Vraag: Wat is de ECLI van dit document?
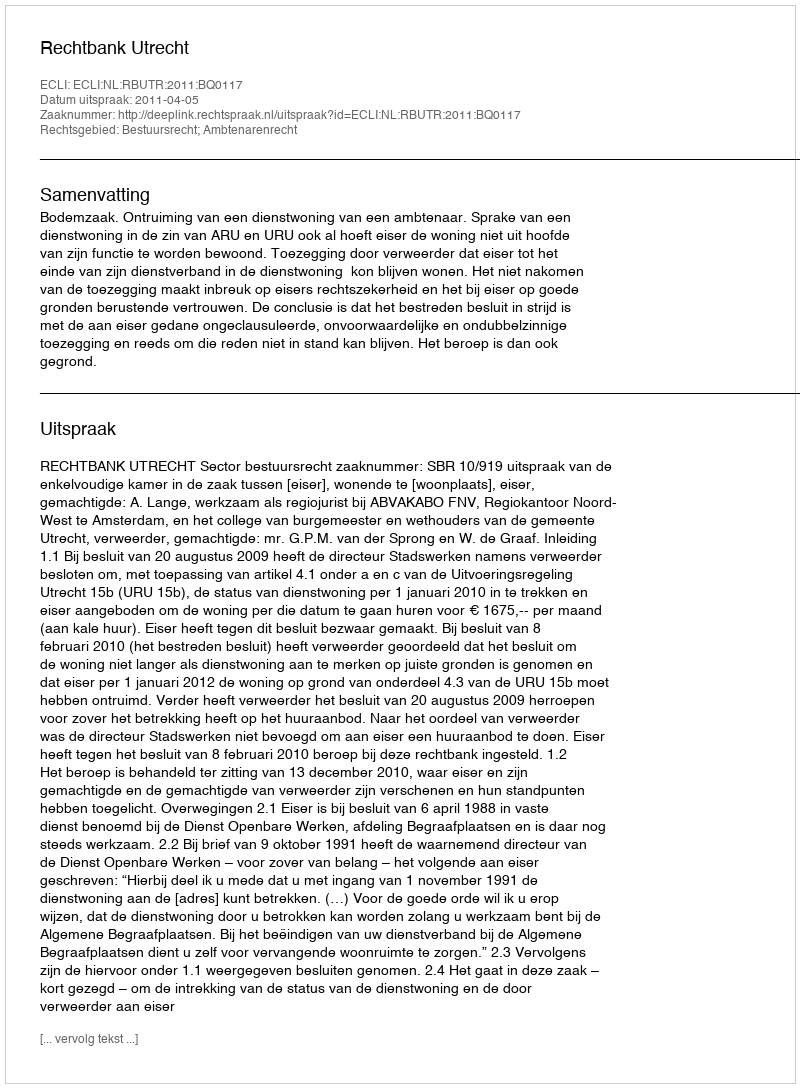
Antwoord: ECLI:NL:RBUTR:2011:BQ0117